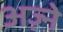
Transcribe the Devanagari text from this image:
अज़्ने